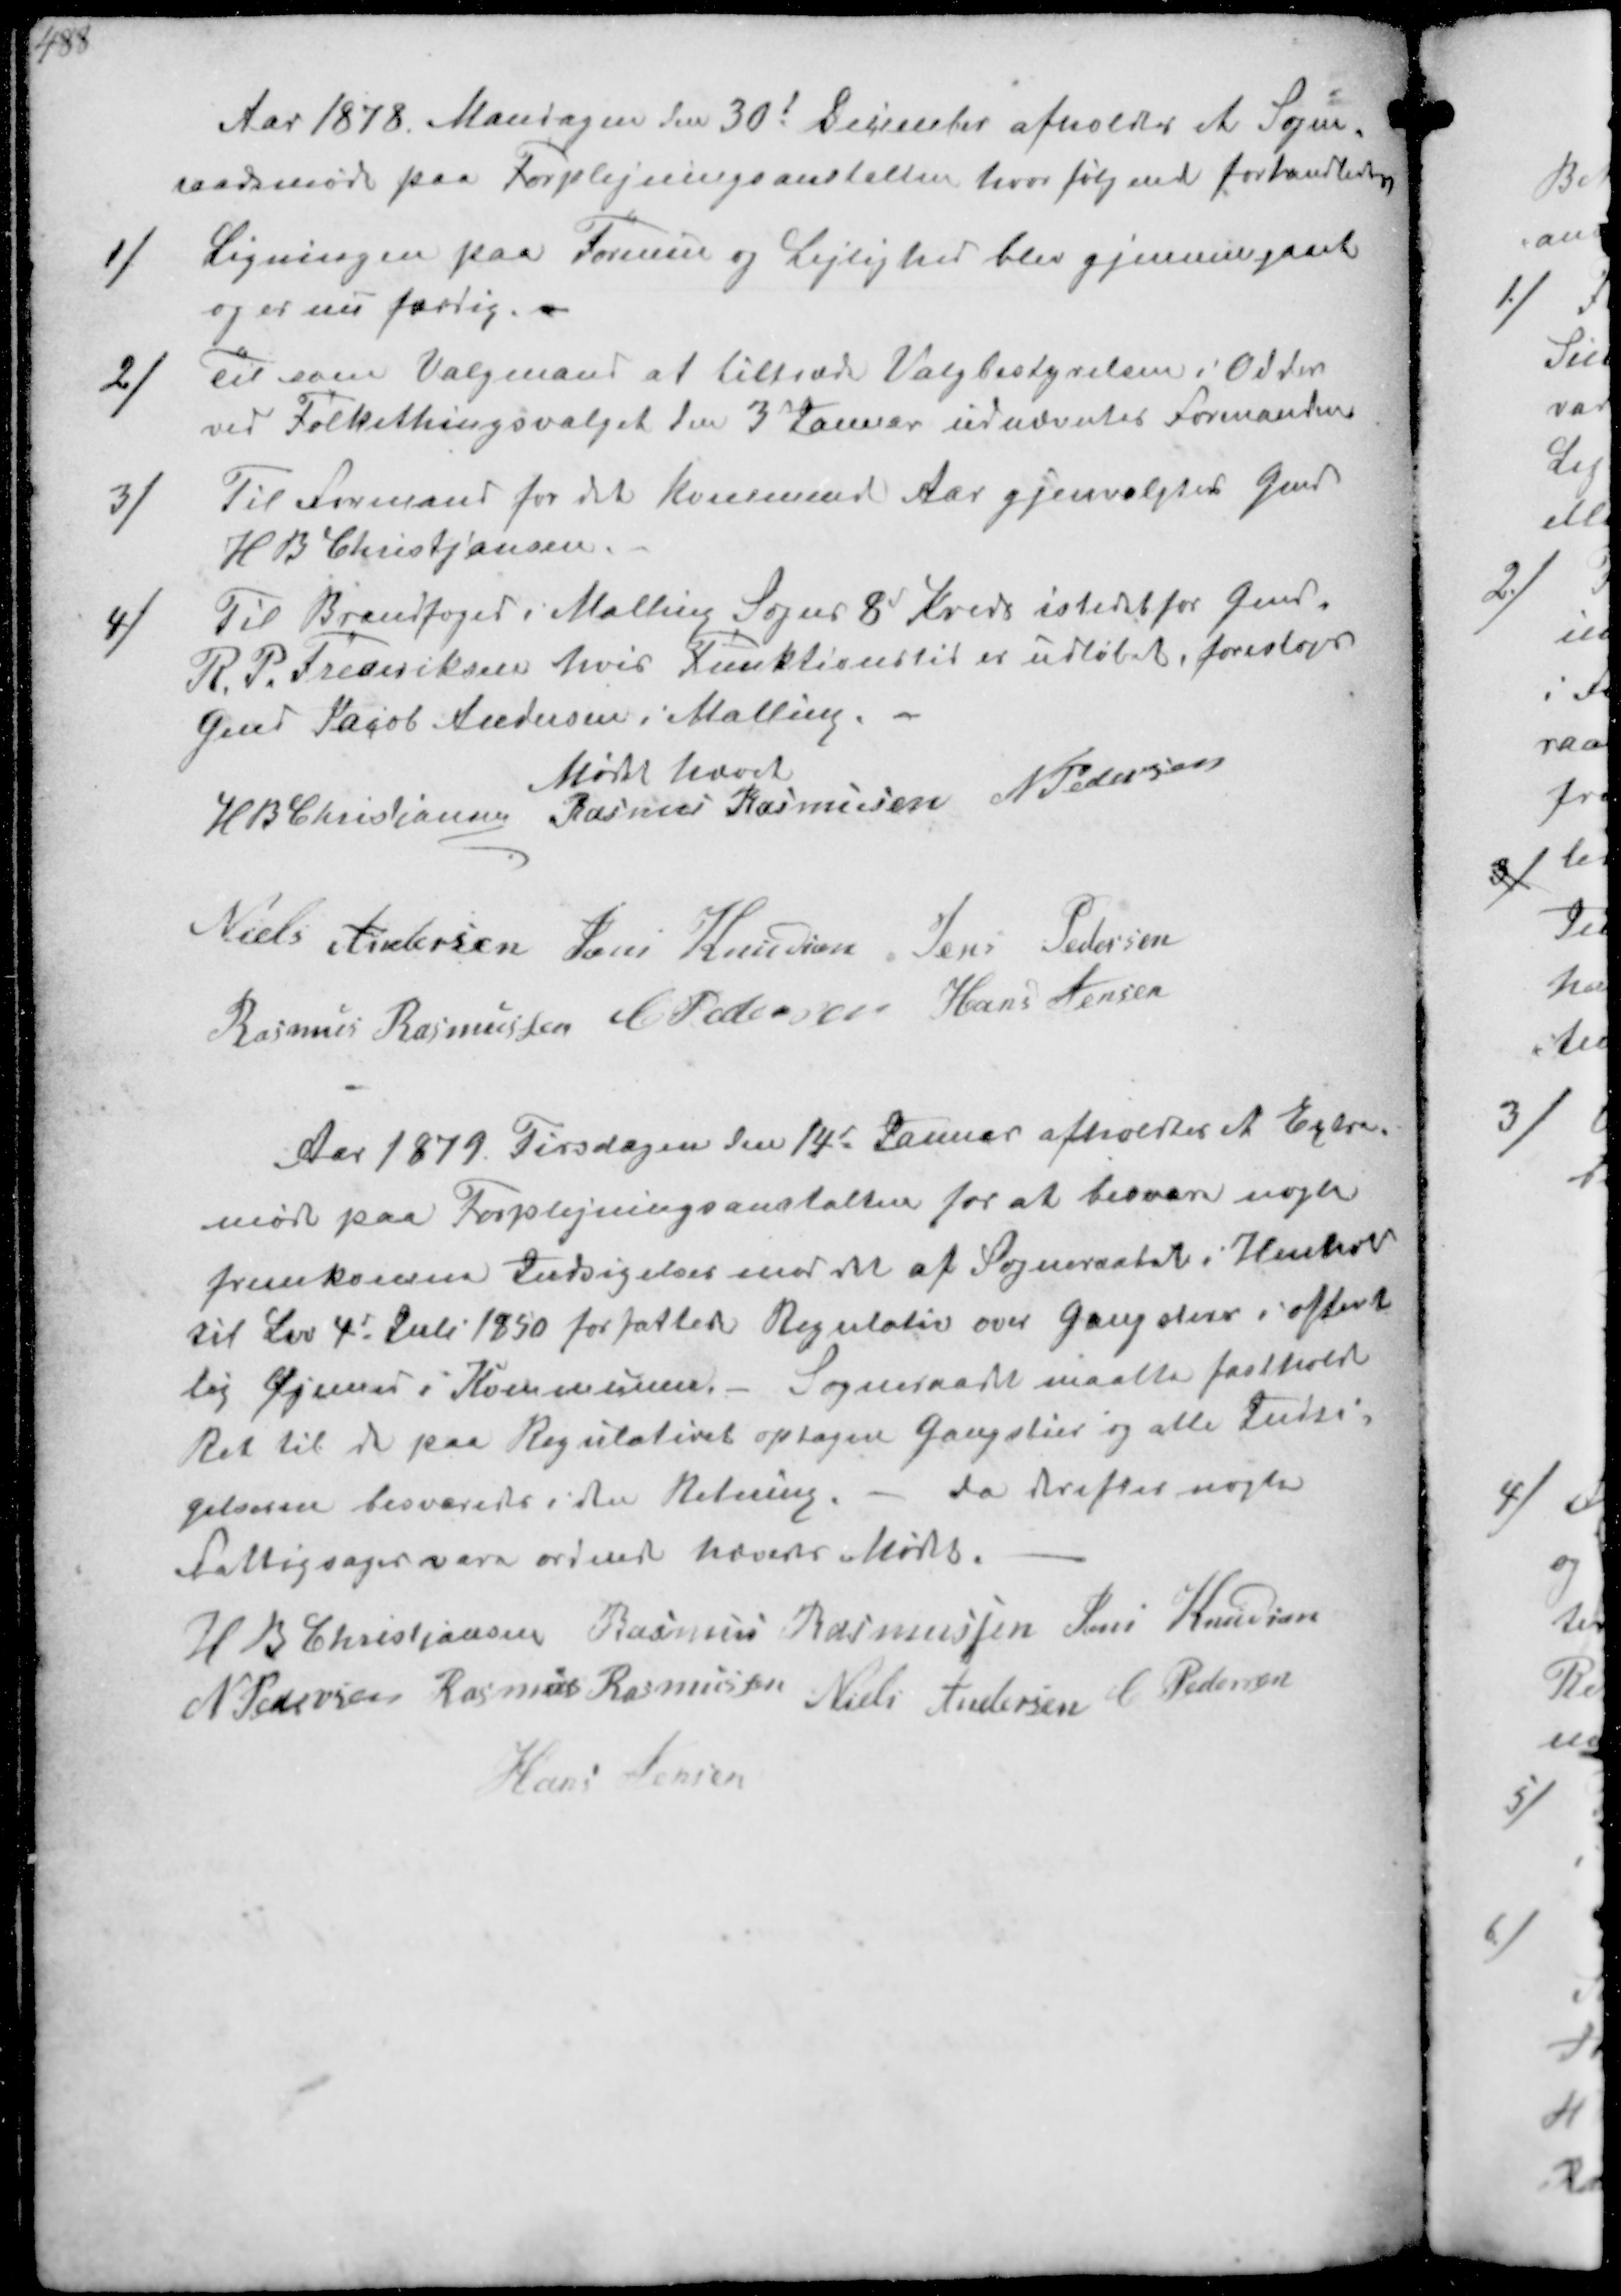
Transskription:
Aar 1878 Mandagen den 30t December afholdtes et Sogne-
raadsmøde paa Forplejningsanstalten hvor følgende forhandledes
1/
Ligningen paa Formue og Lejlighed blev gjennemgaaet
og er nu færdig.
2/
Til som Valgmand at tiltræde Valgbestyrelsen i Odder
ved Folkethingsvalget den 3' Januar udnævntes Formanden
3/
Til Formand for det kommende Aar gjenvalgtes Gmd
H B Christjansen
4/
Til Brandfoged i Malling Sogns 8d Kreds istedet for Gmd
R.P. Frederiksen hvis Funktionstid er udløbet, foresloges
Gmd Jacob Andersen i Malling.
Mødet hævet
H B Christjansen
Rasmus Rasmussen
N Pedersen
Niels Andersen
Jens Knudsen
Jens Pedersen
Rasmus Rasmussen
C. Pedersen
Hans Jensen

Aar 1879 Tirsdagen den 14d Januar afholdtes et Extra
møde paa Forplejningsanstalten for at besvare nogle
fremkomne Indsigelser mod det af Sogneraadet i Henhold
til Lov 4d Juli 1850 forfattede Regulativ over Ganstier i offent-
lig Øjemed i Kommunen.- Sogneraadet maatte fastholde
Ret til de paa Regulativet optagne Gangstier og alle Indsi-
gelserne besvaredes i den Retning. - da dereftes nogle
Fattigsager vare ordnede hævedes Mødet.
H B Christjansen
Rasmus Rasmussen
Jens Knudsen
N Pedersen
Rasmus Rasmussen
Niels Andersen
C Pedersen
Hans Jensen